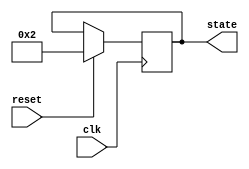
module PreConfiguredStateInitialization (
    input wire reset,      // Active-high reset signal
    input wire clk,        // Clock signal
    output reg [3:0] state // State output (4-bit state for example)
);

// Predefined state value (example: state 2)
localparam PRE_CONFIGURED_STATE = 4'b0010;

// Synchronous process for state initialization and state transitions
always @(posedge clk) begin
    if (reset) begin
        // Initialize state to predefined value on reset
        state <= PRE_CONFIGURED_STATE;
    end
    // Else, normal operation would occur here (state transition logic)
    else begin
        // State transition logic goes here (not defined in this block)
        // Example: state <= next_state; // next_state would be determined by your logic
    end
end

endmodule